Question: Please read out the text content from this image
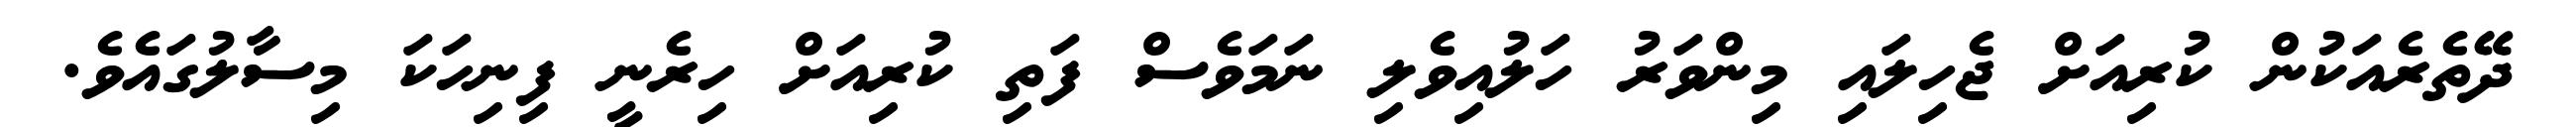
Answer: ދޭތެރެއަކުން ކުރިއަށް ޖެހިލައި މިންވަރު ހަލުއިވެލި ނަމަވެސް ފަތި ކުރިއަށް ހިރެނީ ފިނިހަކަ މިސާލުގައެވެ.